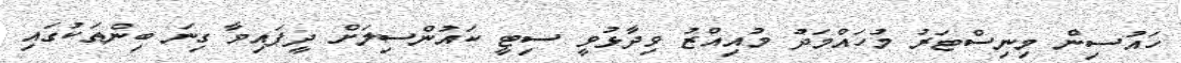
ހައުސިން މިނިސްޓަރު މުހައްމަދު މުއިއްޒު ވިދާޅުވީ ސިޓީ ކައުންސިލަށް ދީފައިވާ ގިނަ ބިންތަކުގައި